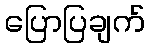
ပြောပြချက်